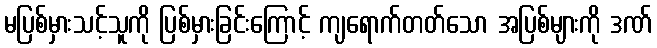
မပြစ်မှားသင့်သူကို ပြစ်မှားခြင်းကြောင့် ကျရောက်တတ်သော အပြစ်များကို ဒဏ်